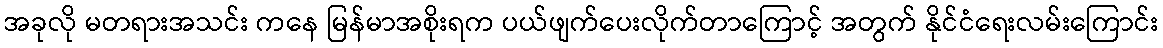
အခုလို မတရားအသင်း ကနေ မြန်မာအစိုးရက ပယ်ဖျက်ပေးလိုက်တာကြောင့် အတွက် နိုင်ငံရေးလမ်းကြောင်း